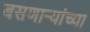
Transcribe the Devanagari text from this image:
बसणार्‍यांच्या